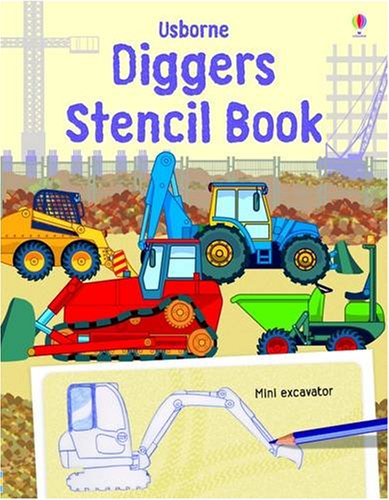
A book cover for Diggers (Stencil Book) (Stencil Book); Alice Pearcy; Children's Books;